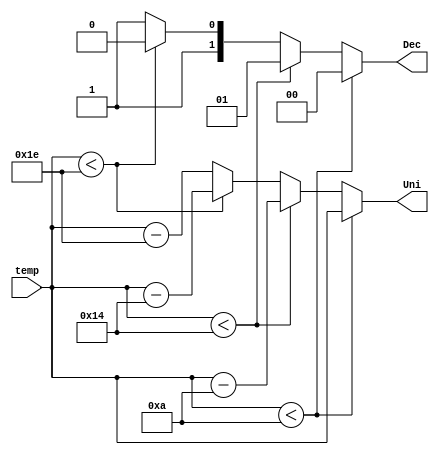
`timescale 1ns / 1ps
//////////////////////////////////////////////////////////////////////////////////
// Company: 
// 
// Design Name: 
// Module Name:    Unidades 
// Project Name: 
// Target Devices: 
// Tool versions: 
// Description: 
//
// Dependencies: 
//
// Revision: 
// Revision 0.01 - File Created
// Additional Comments: 
//
//////////////////////////////////////////////////////////////////////////////////
//Modulo que decodifica la temperatura para ser desplejada como decenas y unidades en el 7 segmentos
module Uni_Dec(input wire [4:0] temp,
		output reg [4:0] Uni,
		output reg [1:0] Dec
    );
always @ *
begin
	Uni = (temp<5'b01010) ? temp : (temp<5'b10100) ? (temp-5'b01010) :
		(temp<5'b11110) ? (temp-5'b10100) : (temp-5'b11110) ; //Asignacin condicional de las unidades
	Dec = (temp<5'b01010) ? 2'b00 : (temp<5'b10100) ? 2'b01 :
		(temp<5'b11110) ? 2'b10 : 2'b11 ; //Asignacin condicional de las decenas
end
endmodule